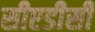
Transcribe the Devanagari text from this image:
सीएडीसी